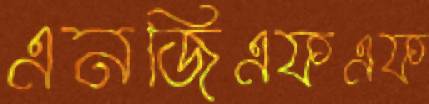
এনজিএফএফ